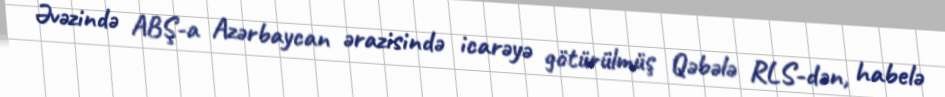
Əvəzində ABŞ-a Azərbaycan ərazisində icarəyə götürülmüş Qəbələ RLS-dən, habelə